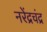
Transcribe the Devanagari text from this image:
नरेंद्रचंद्र